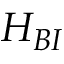
H _ { B I }